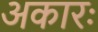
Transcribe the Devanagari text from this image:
अकारः